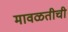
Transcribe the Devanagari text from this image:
मावळतीची